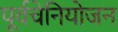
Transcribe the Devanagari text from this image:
पूर्वचेनियोजन